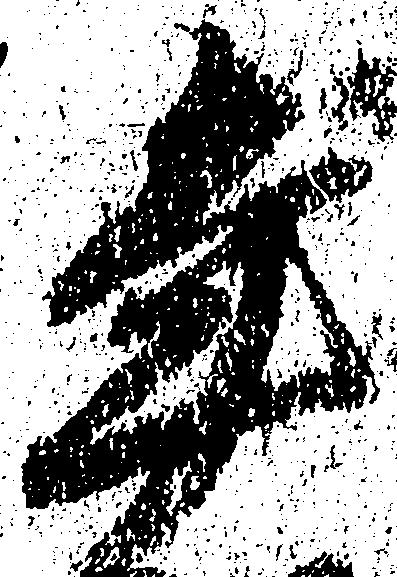
年